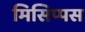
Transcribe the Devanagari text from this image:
मिसिप्पस